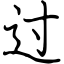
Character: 过